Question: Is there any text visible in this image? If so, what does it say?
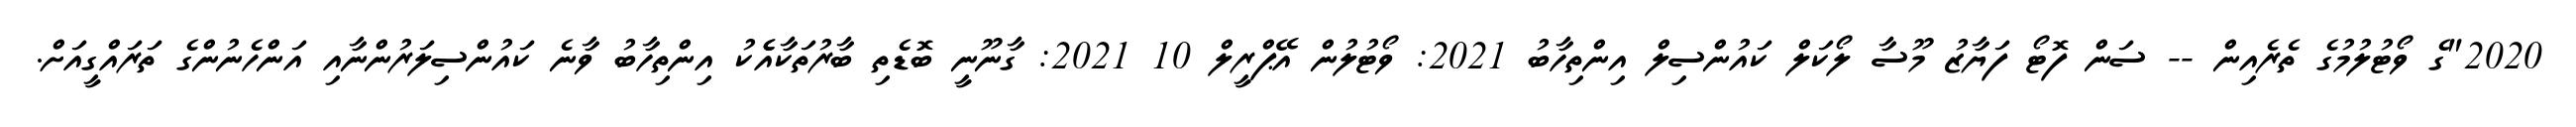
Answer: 2020"ގެ ވޯޓުލުމުގެ ތެރެއިން -- ސަން ފޮޓޯ ފަޔާޒު މޫސާ ލޯކަލް ކައުންސިލް އިންތިހާބު 2021: ވޯޓުލުން އޭޕްރީލް 10 2021: ގާނޫނީ ބޮޑެތި ބާރުތަކާއެެކު އިންތިހާބު ވާނެ ކައުންސިލަރުންނާއި އަންހެނުންގެ ތަރައްގީއަށް.